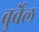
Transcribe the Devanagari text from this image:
बुर्वेल